Insane asylums Bombay 1873-77 - 1873-1877
Year: 1873
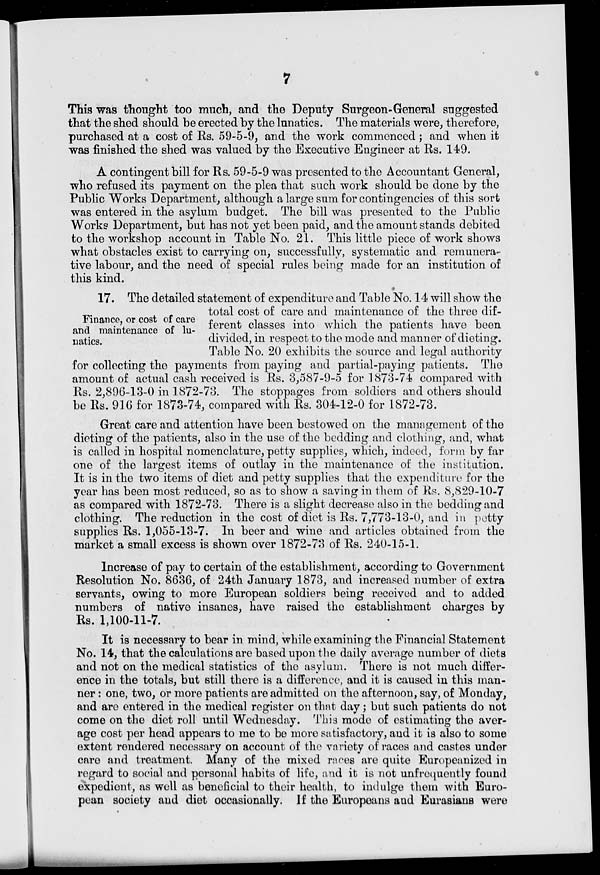
7
This was thought too much, and the Deputy Surgeon-General suggested
that the shed should be erected by the lunatics. The materials were, therefore,
purchased at a cost of Rs. 59-5-9, and the work commenced; and when it
was finished the shed was valued by the Executive Engineer at Rs. 149.
A contingent bill for Rs. 59-5-9 was presented to the Accountant General,
who refused its payment on the plea that such work should be done by the
Public Works Department, although a large sum for contingencies of this sort
was entered in the asylum budget. The bill was presented to the Public
Works Department, but has not yet been paid, and the amount stands debited
to the workshop account in Table No. 21. This little piece of work shows
what obstacles exist to carrying on, successfully, systematic and remunera-
tive labour, and the need of special rules being made for an institution of
this kind.
Finance, or cost of care
and maintenance of lu-
natics.
17. The detailed statement of expenditure and Table No. 14 will show the
total cost of care and maintenance of the three dif-
ferent classes into which the patients have been
divided, in respect to the mode and manner of dieting.
Table No. 20 exhibits the source and legal authority
for collecting the payments from paying and partial-paying patients. The
amount of actual cash received is Rs. 3,587-9-5 for 1873-74 compared with
Rs. 2,896-13-0 in 1872-73. The stoppages from soldiers and others should
be Rs. 916 for 1873-74, compared with Rs. 304-12-0 for 1872-73.
Great care and attention have been bestowed on the management of the
dieting of the patients, also in the use of the bedding and clothing, and, what
is called in hospital nomenclature, petty supplies, which, indeed, form by far
one of the largest items of outlay in the maintenance of the institution.
It is in the two items of diet and petty supplies that the expenditure for the
year has been most reduced, so as to show a saving in them of Rs. 8,829-10-7
as compared with 1872-73. There is a slight decrease also in the bedding and
clothing. The reduction in the cost of diet is Rs. 7,773-13-0, and in petty
supplies Rs. 1,055-13-7. In beer and wine and articles obtained from the
market a small excess is shown over 1872-73 of Rs. 240-15-1.
Increase of pay to certain of the establishment, according to Government
Resolution No. 8636, of 24th January 1873, and increased number of extra
servants, owing to more European soldiers being received and to added
numbers of native insanes, have raised the establishment charges by
Rs. 1,100-11-7.
It is necessary to bear in mind, while examining the Financial Statement
No. 14, that the calculations are based upon the daily average number of diets
and not on the medical statistics of the asylum. There is not much differ-
ence in the totals, but still there is a difference, and it is caused in this man-
ner : one, two, or more patients are admitted on the afternoon, say, of Monday,
and are entered in the medical register on that day; but such patients do not
come on the diet roll until Wednesday. This mode of estimating the aver-
age cost per head appears to me to be more satisfactory, and it is also to some
extent rendered necessary on account of the variety of races and castes under
care and treatment. Many of the mixed races are quite Europeanized in
regard to social and personal habits of life, and it is not unfrequently found
expedient, as well as beneficial to their health, to indulge them with Euro-
pean society and diet occasionally. If the Europeans and Eurasians were